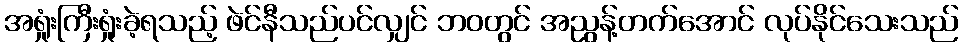
အရှုံးကြီးရှုံးခဲ့ရသည့် ဖဲင်နီသည်ပင်လျှင် ဘဝတွင် အညွန့်တက်အောင် လုပ်နိုင်သေးသည်